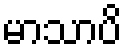
မာသာပိ